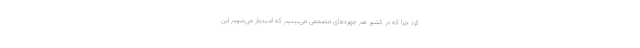
کرد چرا که در کشور هم چهره‌های مصممی می‌بینیم که امیدوار می‌شویم این